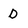
Character: D